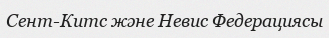
Сент-Китс және Невис Федерациясы